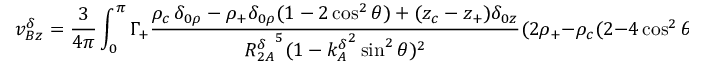
v _ { B z } ^ { \delta } = \frac { 3 } { 4 \pi } \int _ { 0 } ^ { \pi } \Gamma _ { + } \frac { \rho _ { c } \, \delta _ { 0 \rho } - \rho _ { + } \delta _ { 0 \rho } ( 1 - 2 \cos ^ { 2 } \theta ) + ( z _ { c } - z _ { + } ) \delta _ { 0 z } } { { R _ { 2 A } ^ { \delta } } ^ { 5 } ( 1 - { k _ { A } ^ { \delta } } ^ { 2 } \sin ^ { 2 } \theta ) ^ { 2 } } ( 2 \rho _ { + } - \rho _ { c } ( 2 - 4 \cos ^ { 2 } \theta ) ) \, d \theta